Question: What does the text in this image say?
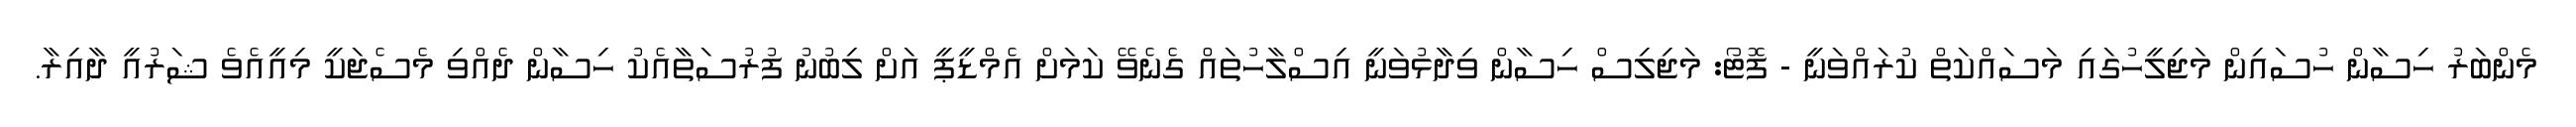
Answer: މެންބަރު ހިސާން ހުސައިން މަޖިލީހުގައި މަސައްކަތް ކުރައްވަނީ - ފޮޓޯ: މަޖިލިސް ހިސާން ވިދާޅުވަނީ އިސްލާހުތައް ގެނެވޭ ކަމަށް އެމްޑީޕީ އަށް ލިބުނު ފުރުސަތާއެކު ހިސާން ދެއްވި މެސެޖަކީ މިއީއެވެ ޝަރުއީ ދާއިރާ.